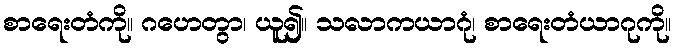
စာရေးတံကို။ ဂဟေတွာ၊ ယူ၍။ သလာကယာဂုံ၊ စာရေးတံယာဂုကို။